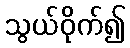
သွယ်ဝိုက်၍